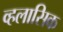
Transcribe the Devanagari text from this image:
व्हलासिक